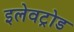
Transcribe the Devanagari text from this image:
इलेवट्रोड